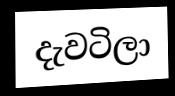
දැවටිලා